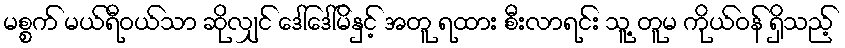
မစ္စက် မယ်ရီဝယ်သာ ဆိုလျှင် ဒေါ်ဒေါ်မိနှင့် အတူ ရထား စီးလာရင်း သူ့ တူမ ကိုယ်ဝန် ရှိသည့်